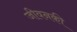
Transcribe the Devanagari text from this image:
जीवनकी